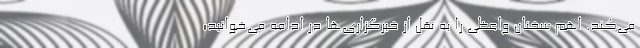
می‌کند. اهم سخنان واعظی را به نقل از خبرگزاری‌ها در ادامه می‌خوانید؛